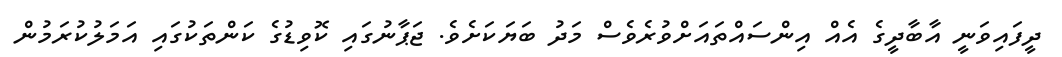
ދީފައިވަނީ އާބާދީގެ އެއް އިންސައްތައަށްވުރެވެސް މަދު ބަޔަކަށެވެ. ޖަޕާނުގައި ކޮވިޑުގެ ކަންތަކުގައި އަމަލުކުރަމުން